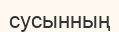
сусынның